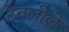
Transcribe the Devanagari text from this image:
टेवलीले